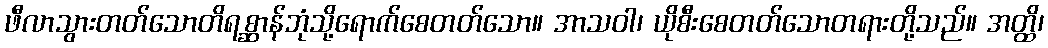
ဖီလာသွားတတ်သောတိရစ္ဆာန်ဘုံသို့ရောက်စေတတ်သော။ အာသဝါ၊ ယိုစီးစေတတ်သောတရားတို့သည်။ အတ္ထိ၊